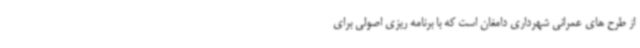
از طرح های عمرانی شهرداری دامغان است که با برنامه ریزی اصولی برای